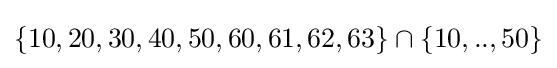
\{10,20,30,40,50,60,61,62,63\}\cap \{10,..,50\}